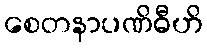
စေတနာပဏိဓီဟိ